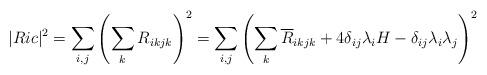
LaTeX: \begin{align*}\vert Ric\vert^2 = \sum_{i,j} \left(\sum_{k} R_{ikjk}\right)^2= \sum_{i,j} \left( \sum_{k}\overline{R}_{ikjk} +4\delta_{ij} \lambda_i H-\delta_{ij}\lambda_i \lambda_j \right)^2\end{align*}